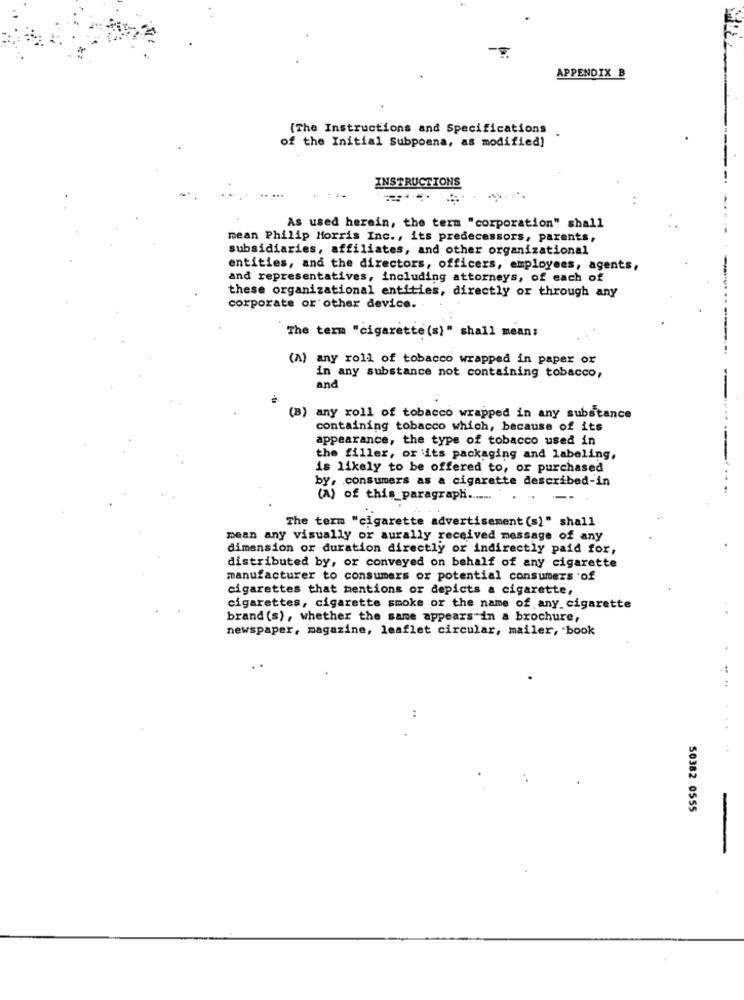
APPENDIX B
[The Instructions and Specifications
of the Initial Subpoena, as modified]
INSTRUCTIONS
-
As used herein, the term "corporation" shall
mean Philip Morris Inc ., its predecessors, parents,
subsidiaries, affiliates, and other organizational
entities, and the directors, officers, employees, agents,
and representatives, including attorneys, of each of
these organizational entities, directly or through any
corporate or other device ..
The term "cigarette (s)" shall mean:
(A) any roll of tobacco wrapped in paper or
in any substance not containing tobacco,
and
-
(B) any roll of tobacco wrapped in any substance
containing tobacco which, because of its
appearance, the type of tobacco used in
the filler, or its packaging and labeling,
is likely to be offered to, or purchased
by, consumers as a cigarette described-in
(A) of this paragraph.
The term "cigarette advertisement (s)" shall
mean any visually or aurally received message of any
dimension or duration directly or indirectly paid for,
distributed by, or conveyed on behalf of any cigarette
manufacturer to consumers or potential consumers 'of
cigarettes that mentions or depicts a cigarette,
cigarettes, cigarette smoke or the name of any cigarette
brand (s) , whether the same appears"in a brochure,
newspaper, magazine, leaflet circular, mailer, book
..
50382 0555